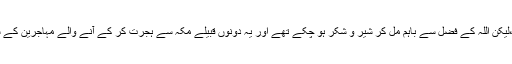
جیسا کہ مدتوں پہلے اوس اور خزرج کے وہ قبیلے جو سالہا سال سے ایک دوسرے کے خون کے پیاسے تھے ،لیکن اللہ کے فضل سے باہم مل کر شیر و شکر ہو چکے تھے اور یہ دونوں قبیلے مکہ سے ہجرت کر کے آنے والے مہاجرین کے ساتھ ایسے بے نظیر ایثار و محبت کا برتاؤ کر رہے تھے جو ایک خاندان کے لوگ بھی آپس میں نہیں کر پاتے۔